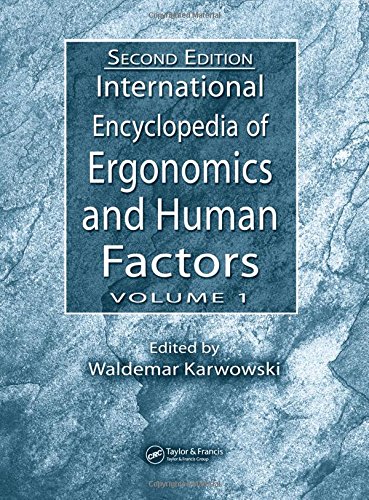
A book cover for International Encyclopedia of Ergonomics and Human Factors, Second Edition and CD-ROM-2 Volume Set: International Encyclopedia of Ergonomics and Human Factors, Second Edition - 3 Volume Set; Engineering & Transportation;